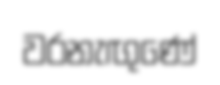
වරනැඟුණේ